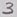
Text: 3